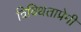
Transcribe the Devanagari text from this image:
विविधताप्रेमी